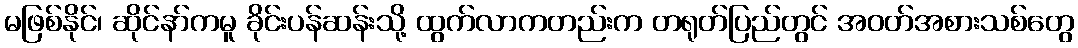
မဖြစ်နိုင်၊ ဆိုင်နာ်ကမူ ခိုင်းပန်ဆန်းသို့ ထွက်လာကတည်းက တရုတ်ပြည်တွင် အဝတ်အစားသစ်တွေ